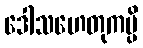
ဒေါသဟေတုကမ္ပိ